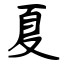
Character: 夏